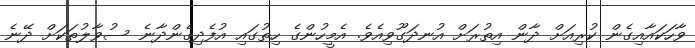
ވާހަކައާއިގެން ކުރިއަށް ދާން އިތުރަށް އުނދަގޫވިއެވެ. އެމީހުންގެ ހިތުގައި އުފެދިގެންދާނެ ސުވާލުތަކަށް ދޭނެ